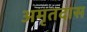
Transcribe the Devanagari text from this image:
अमृतदास